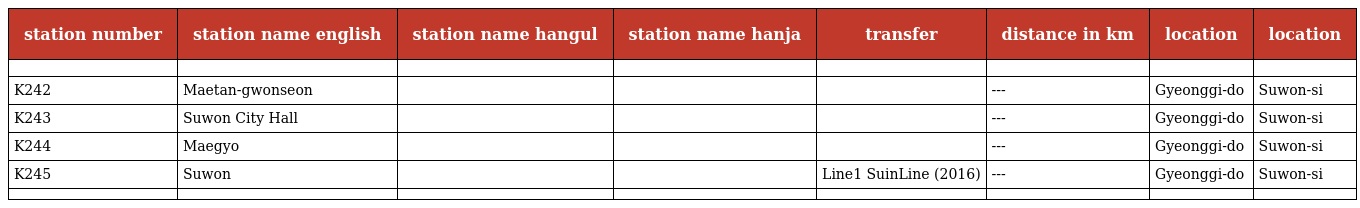
| station number | station name english | station name hangul | station name hanja | transfer | distance in km | location | location |
 | --- | --- | --- | --- | --- | --- | --- | --- |
 |  |  |  |  |  |  |  |  |
 | K242 | Maetan-gwonseon | 매탄권선 | 梅 灘 勸 善 |  | --- | Gyeonggi-do | Suwon-si |
 | K243 | Suwon City Hall | 수원시청 | 水 原 市 廳 |  | --- | Gyeonggi-do | Suwon-si |
 | K244 | Maegyo | 매교 | 梅 橋 |  | --- | Gyeonggi-do | Suwon-si |
 | K245 | Suwon | 수원 | 水 原 | Line1 SuinLine (2016) | --- | Gyeonggi-do | Suwon-si |
 |  |  |  |  |  |  |  |  |